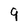
Character: q